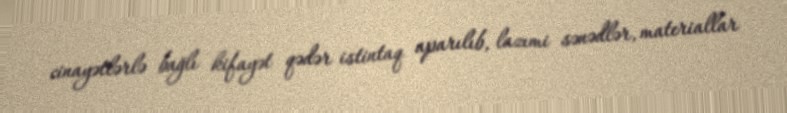
cinayətlərlə bağlı kifayət qədər istintaq aparılıb, lazımi sənədlər, materiallar